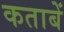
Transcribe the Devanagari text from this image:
कताबें